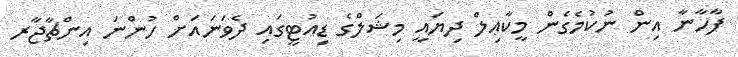
ފާހާނާ އިން ނުކުމެގެން މީކާޢިލް ދިޔައީ މިޝަލްގެ ޑިއުޓީގައި ދެވަނައަށް ހުންނަ އިންޗާޖާރ